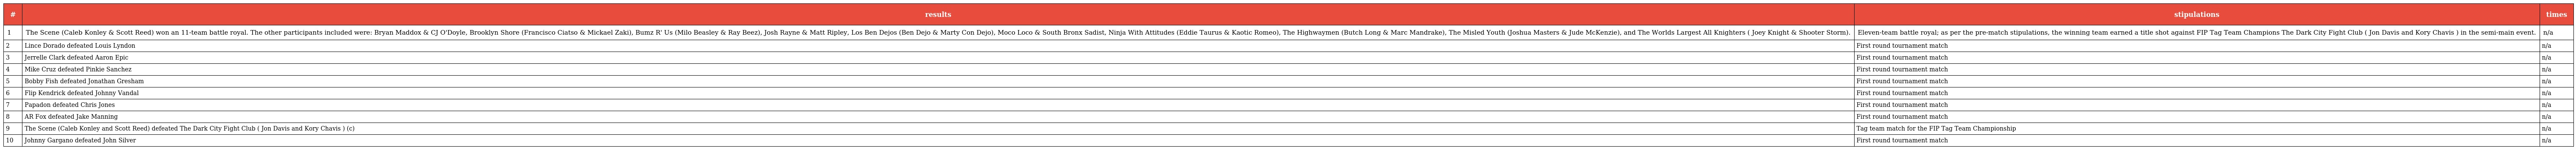
| # | results | stipulations | times |
 | --- | --- | --- | --- |
 | 1 | The Scene (Caleb Konley & Scott Reed) won an 11-team battle royal. The other participants included were: Bryan Maddox & CJ O'Doyle, Brooklyn Shore (Francisco Ciatso & Mickael Zaki), Bumz R' Us (Milo Beasley & Ray Beez), Josh Rayne & Matt Ripley, Los Ben Dejos (Ben Dejo & Marty Con Dejo), Moco Loco & South Bronx Sadist, Ninja With Attitudes (Eddie Taurus & Kaotic Romeo), The Highwaymen (Butch Long & Marc Mandrake), The Misled Youth (Joshua Masters & Jude McKenzie), and The Worlds Largest All Knighters ( Joey Knight & Shooter Storm). | Eleven-team battle royal; as per the pre-match stipulations, the winning team earned a title shot against FIP Tag Team Champions The Dark City Fight Club ( Jon Davis and Kory Chavis ) in the semi-main event. | n/a |
 | 2 | Lince Dorado defeated Louis Lyndon | First round tournament match | n/a |
 | 3 | Jerrelle Clark defeated Aaron Epic | First round tournament match | n/a |
 | 4 | Mike Cruz defeated Pinkie Sanchez | First round tournament match | n/a |
 | 5 | Bobby Fish defeated Jonathan Gresham | First round tournament match | n/a |
 | 6 | Flip Kendrick defeated Johnny Vandal | First round tournament match | n/a |
 | 7 | Papadon defeated Chris Jones | First round tournament match | n/a |
 | 8 | AR Fox defeated Jake Manning | First round tournament match | n/a |
 | 9 | The Scene (Caleb Konley and Scott Reed) defeated The Dark City Fight Club ( Jon Davis and Kory Chavis ) (c) | Tag team match for the FIP Tag Team Championship | n/a |
 | 10 | Johnny Gargano defeated John Silver | First round tournament match | n/a |